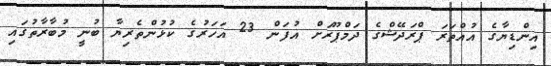
އިންޑިޔާގެ އުއްތަރަ ޕްރަދޭޝްގެ ދަމްޕޫރަށް އުފަން 23 އަހަރުގެ ކުޅުންތެރިޔާ ބުނީ މުބާރާތުގައި